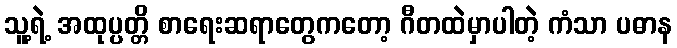
သူ့ရဲ့ အထုပ္ပတ္တိ စာရေးဆရာတွေကတော့ ဂီတထဲမှာပါတဲ့ ကံသာ ပဓာန